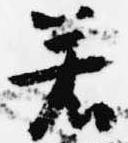
若